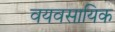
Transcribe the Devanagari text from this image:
वयवसायिक